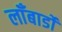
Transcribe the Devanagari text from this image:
लॉँबार्डो